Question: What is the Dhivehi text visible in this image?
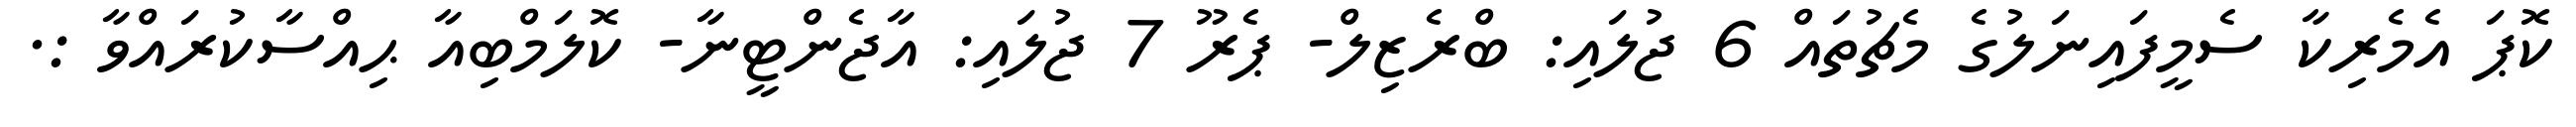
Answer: ކޮޕަ އެމެރިކާ ސެމީފައިނަލުގެ މެޗުތައް 6 ޖުލައި: ބްރެޒިލް- ޕެރޫ 7 ޖުލައި: އާޖެންޓީނާ- ކޮލަމްބިއާ ޙިއްސާކުރައްވާ :.